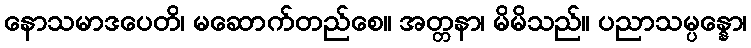
နောသမာဒပေတိ၊ မဆောက်တည်စေ။ အတ္တနာ၊ မိမိသည်။ ပညာသမ္ပန္နော၊